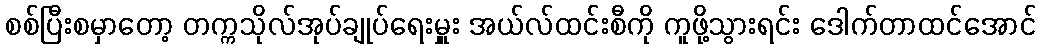
စစ်ပြီးစမှာတော့ တက္ကသိုလ်အုပ်ချုပ်ရေးမှူး အယ်လ်ထင်းစီကို ကူဖို့သွားရင်း ဒေါက်တာထင်အောင်